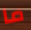
ما